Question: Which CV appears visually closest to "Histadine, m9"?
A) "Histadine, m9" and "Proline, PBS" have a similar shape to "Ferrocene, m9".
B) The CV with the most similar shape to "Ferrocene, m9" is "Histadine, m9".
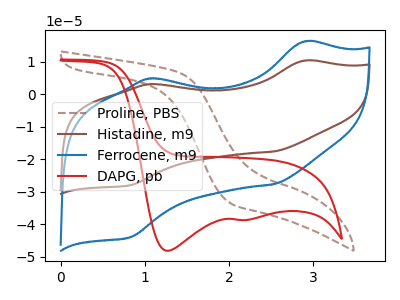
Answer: <think>The brown dashed curve "Proline, PBS" has no peaks. The brown curve "Histadine, m9" has anodic peaks at (2.90V, 10.35uA) (1.05V, 3.05uA) and cathodic peaks at (2.55V, -17.60uA) (0.80V, -28.00uA). The blue curve "Ferrocene, m9" has anodic peaks at (2.90V, 16.25uA) (1.05V, 4.80uA) and cathodic peaks at (2.55V, -27.70uA) (0.80V, -44.00uA). The red curve "DAPG, pb" has cathodic peaks at (1.25V, -48.15uA) (2.20V, -38.70uA).
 "Proline, PBS" and "Histadine, m9" have a different number of peaks. "Proline, PBS" and "Ferrocene, m9" have a different number of peaks. "Proline, PBS" and "DAPG, pb" have a different number of peaks. All the peaks in "Histadine, m9" have a peak in "Ferrocene, m9" at the same potential. Every peak in "Histadine, m9" is lower than every peak in "Ferrocene, m9". "Histadine, m9" and "DAPG, pb" have a different number of peaks. "Ferrocene, m9" and "DAPG, pb" have a different number of peaks.</think>
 <answer>B) The CV with the most similar shape to "Ferrocene, m9" is "Histadine, m9".</answer>
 <eval>B</eval>